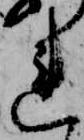
れ